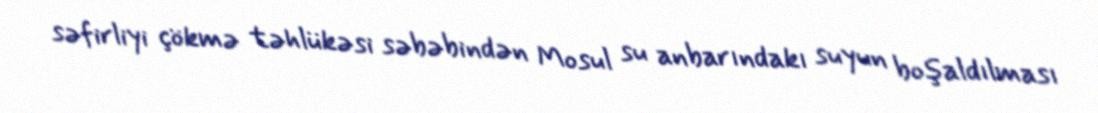
səfirliyi çökmə təhlükəsi səbəbindən Mosul su anbarındakı suyun boşaldılması